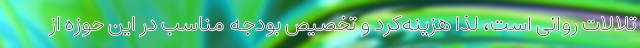
تلالات روانی است، لذا هزینه‌کرد و تخصیص بودجه مناسب در این حوزه از